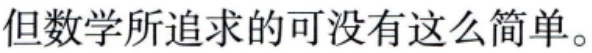
但数学所追求的可没有这么简单。